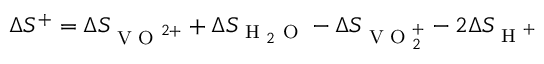
\Delta S ^ { + } = \Delta S _ { \textrm { V O } ^ { 2 + } } + \Delta S _ { \textrm { H } _ { 2 } \textrm { O } } - \Delta S _ { \textrm { V O } _ { 2 } ^ { + } } - 2 \Delta S _ { \textrm { H } ^ { + } }